Annual administration and progress report of the Indian Medical Department, Bombay
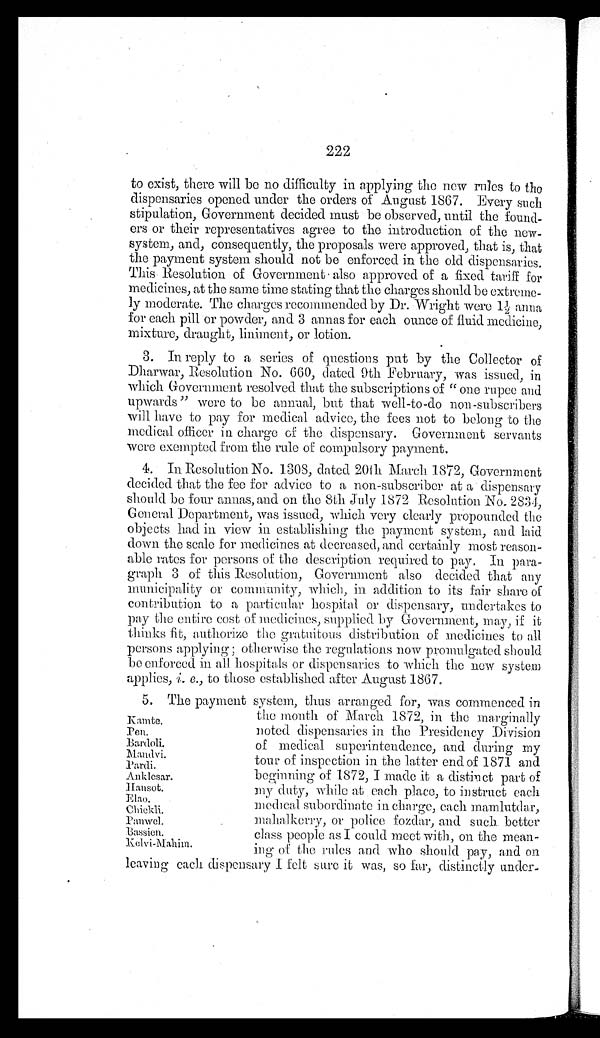
222
to exist, there will be no difficulty in applying the new rules to the
dispensaries opened under the orders of August 1867. Every such
stipulation, Government decided must be observed, until the found-
ers or their representatives agree to the introduction of the new-
system, and, consequently, the proposals were approved, that is, that
the payment system should not be enforced in the old dispensaries.
This Resolution of Government also approved of a fixed tariff for
medicines, at the same time stating that the charges should be extreme-
ly moderate. The charges recommended by Dr. Wright were 1½ anna
for each pill or powder, and 3 annas for each ounce of fluid medicine,
mixture, draught, liniment, or lotion.
3. In reply to a series of questions put by the Collector of
Dharwar, Resolution No. 660, dated 9th February, was issued, in
which Government resolved that the subscriptions of "one rupee and
upwards" were to be annual, but that well-to-do non-subscribers
will have to pay for medical advice, the fees not to belong to the
medical officer in charge of the dispensary. Government servants
were exempted from the rule of compulsory payment.
4. In Resolution. No. 1308, dated 20th March. 1872, Government
decided that the fee for advice to a non-subscriber at a dispensary
should be four annas, and on the 8th July 1872 Resolution No. 2834,
General Department, was issued, which very clearly propounded the
objects had in view in establishing the payment system, and laid
down the scale for medicines at decreased, and certainly most reason-
able rates for persons of the description required to pay. In para-
graph 3 of this Resolution, Government also decided that any
municipality or community, which, in addition to its fair share of
contribution to a particular hospital or dispensary, undertakes to
pay the entire cost of medicines, supplied by Government, may, if it
thinks fit, authorize the gratuitous distribution of medicines to all
persons applying; otherwise the regulations now promulgated should
b e e n f o r c e d i n a l l h o s p i t a l s o r d i s p e n s a r i e s t o w h i c h t h e n e w s y s t e m
applies, i. e., to those established after August 1867.
5. The payment system, thus arranged for, was commenced in
the month of March 1872, in the marginally
noted dispensaries in the Presidency Division
of medical superintendence, and during my
tour of inspection in the latter end of 1871 and
b e g i n n i n g o f 1 8 7 2 , I ma d e i t a d i s t i n c t p a r t o f
my duty, while at each place, to instruct each
medical subordinate in charge, each mamlutdar,
mahalkerry, or police fozdar, and such better
class people as I could meet with, on the mean
-
ing of the rules and who should pay, and on
leaving each dispensary I felt sure it was, so far, distinctly under-
Kamte. Pen.
Bardoli.
Mandvi.
Pardi. _Anklesar.
Hansot. Elao. Chickli
Panwel.
B a s s i e n .
K e l v i - M a h i m .